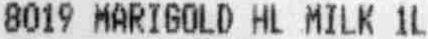
8019 MARIGOLD HL MILK 1L